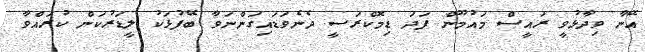
އޭނާ ވިދާޅުވީ ރައީސް މައުމޫން ފަދަ ޑިމޮކްރަސީ ދެނެވަޑައިގަންނަވާ ބޭފުޅަކު ލީޑަރުކަން ކުރައްވާ